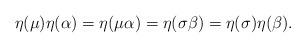
LaTeX: \begin{align*}\eta(\mu)\eta(\alpha)=\eta(\mu\alpha)=\eta(\sigma\beta)=\eta(\sigma)\eta(\beta).\end{align*}